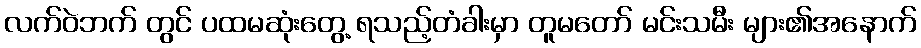
လက်ဝဲဘက် တွင် ပထမဆုံးတွေ့ ရသည့်တံခါးမှာ တူမတော် မင်းသမီး များ၏အနောက်